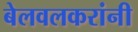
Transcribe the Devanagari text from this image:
बेलवलकरांनी